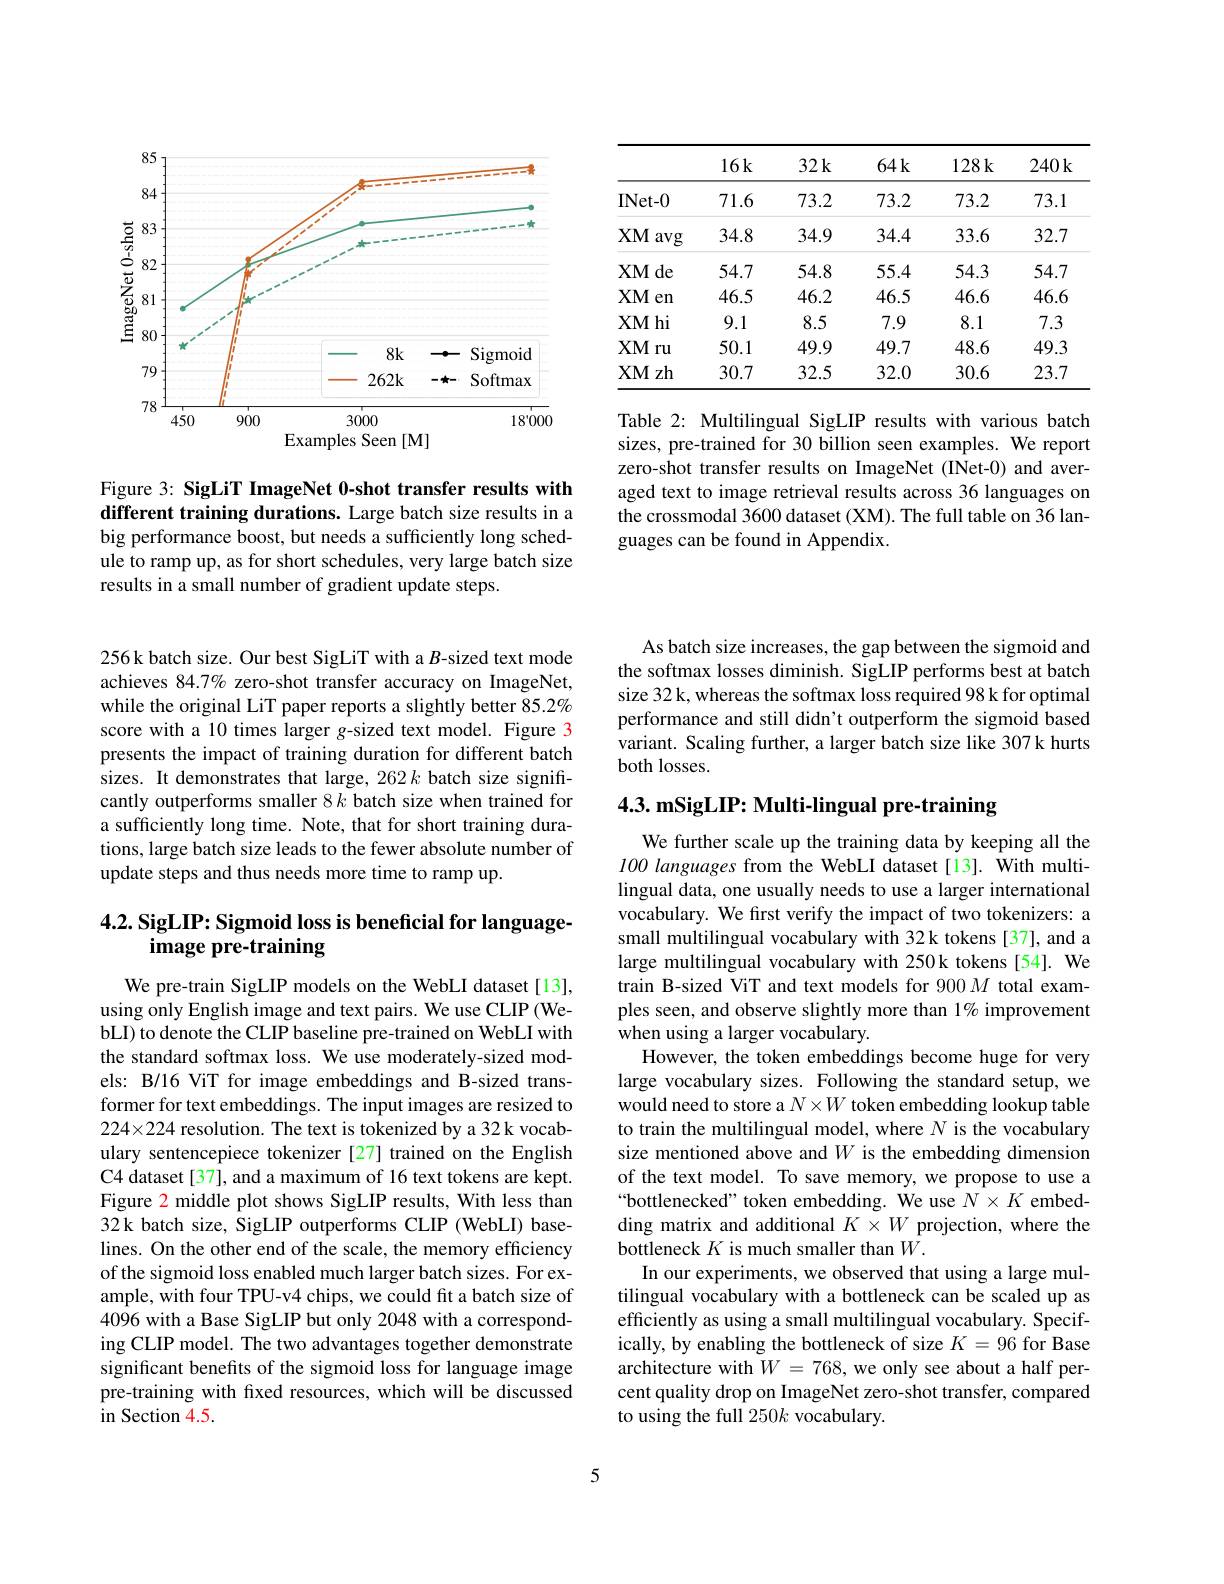
<FigureHere>

Figure 3: SigLiT ImageNet 0-shot transfer results with different training durations. Large batch size results in a big performance boost, but needs a sufficiently long schedule to ramp up, as for short schedules, very large batch size results in a small number of gradient update steps.

<table>
	<tbody>
		<tr>
			<th> </th>
			<th>$16k$</th>
			<th>$32k$</th>
			<th>$64k$</th>
			<th>128k</th>
			<th>$240k$</th>
		</tr>
		<tr>
			<td>INet- 0</td>
			<td>71.6</td>
			<td>73.2</td>
			<td>73.2</td>
			<td>73.2</td>
			<td>73.1</td>
		</tr>
		<tr>
			<td>$XM$ avg</td>
			<td>34.8</td>
			<td>34.9</td>
			<td>34.4</td>
			<td>33.6</td>
			<td>32.7</td>
		</tr>
		<tr>
			<td>$\mathbf{XMde}$</td>
			<td>54.7</td>
			<td>54.8</td>
			<td>55.4</td>
			<td>54.3</td>
			<td>54.7</td>
		</tr>
		<tr>
			<td>$XM$ en</td>
			<td>46.5</td>
			<td>46.2</td>
			<td>46.5</td>
			<td>46.6</td>
			<td>46.6</td>
		</tr>
		<tr>
			<td>$\mathbf{XMhi}$</td>
			<td>9.1</td>
			<td>8.5</td>
			<td>7.9</td>
			<td>8.1</td>
			<td>7.3</td>
		</tr>
		<tr>
			<td>$XM$ ru</td>
			<td>50.1</td>
			<td>49.9</td>
			<td>49.7</td>
			<td>48.6</td>
			<td>49.3</td>
		</tr>
		<tr>
			<td>XM zh</td>
			<td>30.7</td>
			<td>32.5</td>
			<td>32.0</td>
			<td>30.6</td>
			<td>23.7</td>
		</tr>
	</tbody>
</table>

Table 2: Multilingual SigLIP results with various batch sizes, pre-trained for 30 billion seen examples. We report zero-shot transfer results on ImageNet (INet-0) and averaged text to image retrieval results across 36 languages on the crossmodal 3600 dataset (XM). The full table on 36 languages can be found in Appendix.

256k batch size. Our best SigLiT with a $B$-sized text mode achieves $84.7\%$ zero-shot transfer accuracy on ImageNet, while the original LiT paper reports a slightly better 85.2% score with a 10 times larger g-sized text model. Figure 3 presents the impact of training duration for different batch sizes. It demonstrates that large, 262 k batch size significantly outperforms smaller 8 $k$ batch size when trained for a sufficiently long time. Note, that for short training durations, large batch size leads to the fewer absolute number of update steps and thus needs more time to ramp up.

## 4.2. SigLIP: Sigmoid loss is beneficial for languageimage pre-training

We pre-train SigLIP models on the WebLI dataset[13], using only English image and text pairs. We use CLIP (WebLI) to denote the CLIP baseline pre-trained on WebLI with the standard softmax loss. We use moderately-sized models: B/16 ViT for image embeddings and B-sized transformer for text embeddings. The input images are resized to 224×224 resolution. The text is tokenized by a 32 k vocabulary sentencepiece tokenizer [27] trained on the English C4 dataset [37], and a maximum of 16 text tokens are kept. Figure 2 middle plot shows SigLIP results, With less than 32k batch size, SigLIP outperforms CLIP (WebLI) baselines. On the other end of the scale, the memory efficiency of the sigmoid loss enabled much larger batch sizes. For example, with four TPU-v4 chips, we could fit a batch size of 4096 with a Base SigLIP but only 2048 with a corresponding CLIP model. The two advantages together demonstrate significant benefits of the sigmoid loss for language image pre-training with fxed resources, which will be discussed in Section 4.5.

As batch size increases, the gap between the sigmoid and the softmax losses diminish. SigLIP performs best at batch size 32 k, whereas the softmax loss required 98 k for optimal performance and still didn't outperform the sigmoid based variant. Scaling further, a larger batch size like 307 k hurts both losses.

4.3. mSigLIP: Multi-lingual pre-training

We further scale up the training data by keeping all the $100\textit{ languages from the WebLI dataset[ 13] . With multi- }$ lingual data, one usually needs to use a larger international vocabulary. We first verify the impact of two tokenizers: a small multilingual vocabulary with 32k tokens [37], and a large multilingual vocabulary with 250k tokens [54]. We train B-sized ViT and text models for 900 $M$ total examples seen, and observe slightly more than 1% improvement when using a larger vocabulary.
However, the token embeddings become huge for very large vocabulary sizes. Following the standard setup, we would need to store a $N\times W$ token embedding lookup table to train the multilingual model, where $N$ is the vocabulary size mentioned above and $W$ is the embedding dimension of the text model. To save memory, we propose to use a “bottlenecked” token embedding. We use $N\times K$ embedding matrix and additional $K\times W$ projection, where the bottleneck $K$ is much smaller than $W.$
In our experiments, we observed that using a large multilingual vocabulary with a bottleneck can be scaled up as efficiently as using a small multilingual vocabulary. Specifically, by enabling the bottleneck of size $K=96$ for Base architecture with $W=768$, we only see about a half percent quality drop on ImageNet zero-shot transfer, compared to using the full 250k vocabulary.

5